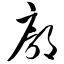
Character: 廓